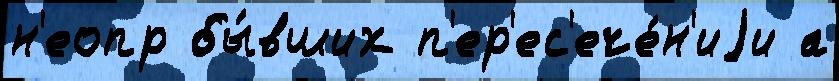
н'еопр бы́вших п'ер'ес'ече́н'иjи а